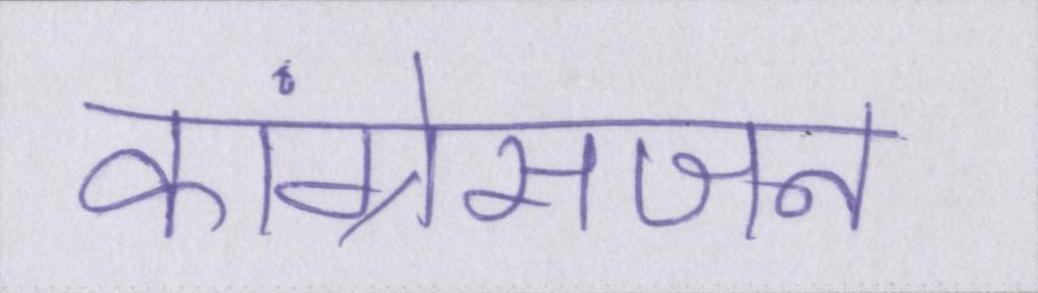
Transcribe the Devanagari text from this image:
कांग्रेसजन